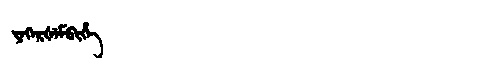
Manchu: ᠶᡝᡴᡝᡵᡧᡝᠮᠪᡳᡥᡝ
Romanization: YEKERŠEMBIHE